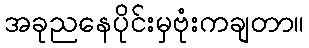
အခုညနေပိုင်းမှဗုံးကချတာ။